Annual report of the Imperial Bacteriologist
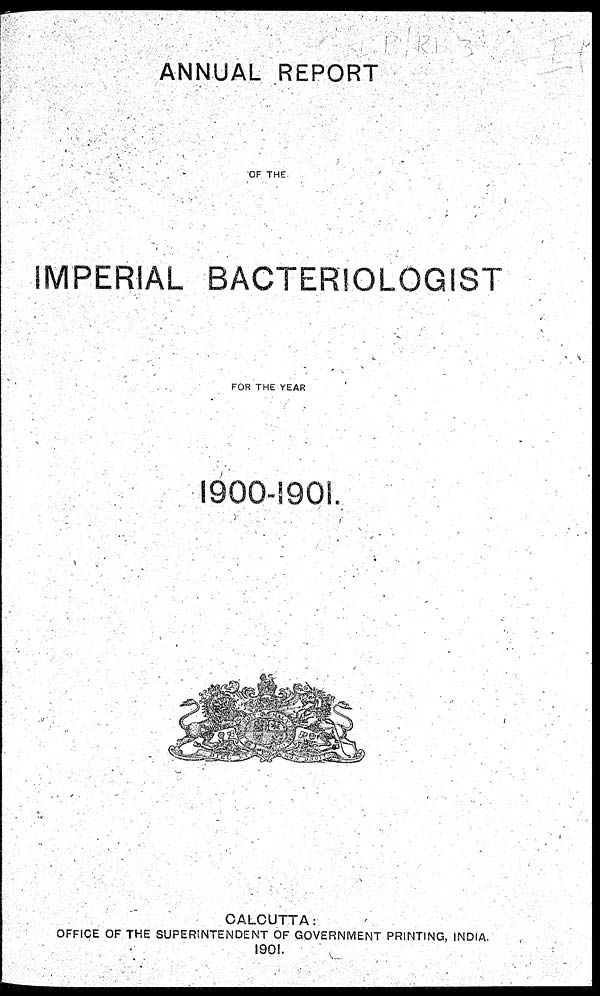
ANNUAL REPORT
OF THE
IMPERIAL BACTERIOLOGIST
FOR THE YEAR
1900-1901.
CALCUTTA :
OFFICE OF THE SUPERINTENDENT OF GOVERNMENT PRINTING, INDIA.
1901.